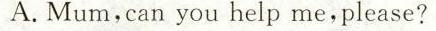
A.Mum,can you help me,please?